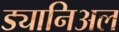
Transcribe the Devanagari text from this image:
ड्यानिअल